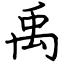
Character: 禹